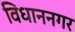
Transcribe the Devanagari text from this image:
विधाननगर